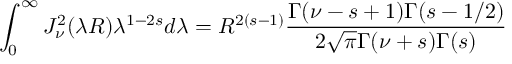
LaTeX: \int _ { 0 } ^ { \infty } J _ { \nu } ^ { 2 } ( \lambda R ) \lambda ^ { 1 - 2 s } d \lambda = R ^ { 2 ( s - 1 ) } \frac { \Gamma ( \nu - s + 1 ) \Gamma ( s - 1 / 2 ) } { 2 \sqrt { \pi } \Gamma ( \nu + s ) \Gamma ( s ) }